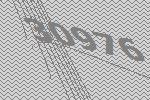
30976